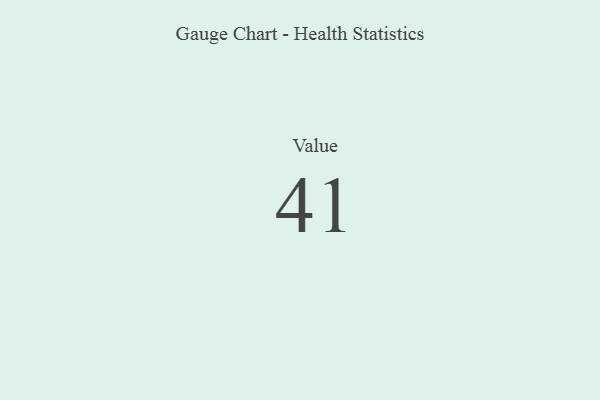
{"axis": {"x": "Metric", "y": "Value"}, "legend": [""], "data": [{"x": "Value", "y": 41, "type": ""}]}